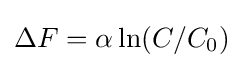
\Delta F=\alpha \ln(C/C_{0})